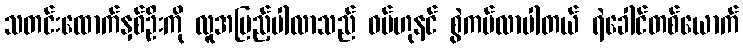
သတင်းထောက်နှစ်ဦးကို လူအပြည့်ပါလာသည် ဝမ်ဟုနင် စွဲကပ်လာပါတယ် ရဲခေါင်တစ်ယောက်